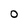
Character: O